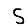
Digit: 5